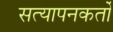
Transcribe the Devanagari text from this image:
सत्यापनकर्तों